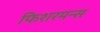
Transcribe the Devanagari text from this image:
फिशरमन्स